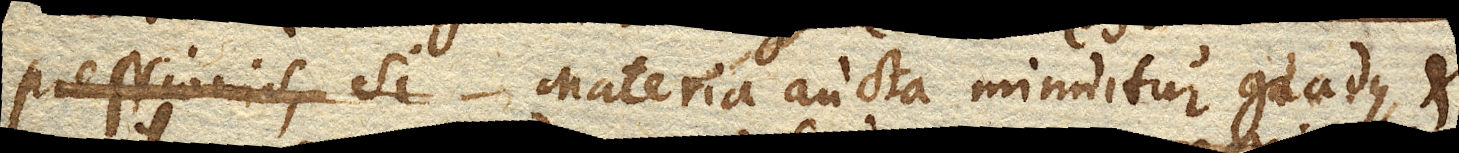
pressionis, si Materia aucta minuitur gradus, et